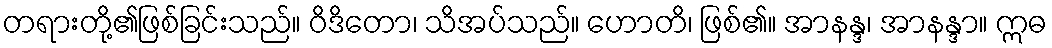
တရားတို့၏ဖြစ်ခြင်းသည်။ ဝိဒိတော၊ သိအပ်သည်။ ဟောတိ၊ ဖြစ်၏။ အာနန္ဒ၊ အာနန္ဒာ။ ဣဓ